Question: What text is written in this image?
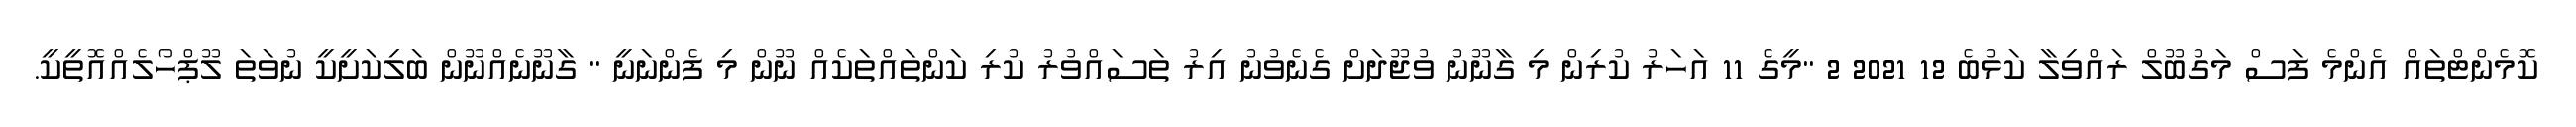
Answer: ކޮމެންޓްތައް އެންމެ ފަސް މަގުބޫލް ރައްވިލާ ކަޅުބެ 12 2021 2 "މީގެ 11 އަހަރު ކުރިން މި ގާނޫނު ވުޖޫދަށް ގެނެވުނު އިރު ތަސައްވުރު ކުރި ކަންތައްތަކެއް ނޫން މި ފެންނަނީ " ގާނޫނެއްނޫން ބަލިކަށީކީ ނުވަތަ ލޫޕްހޯލެއްއޮތީކީ.